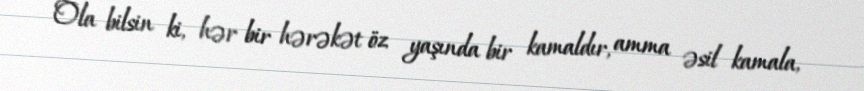
Ola bilsin ki, hər bir hərəkət öz yaşında bir kamaldır, amma əsil kamala,